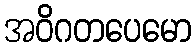
အဝိဂတပေမော